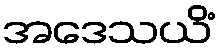
အဒေသယိံ